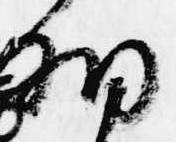
細